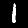
Digit: 1